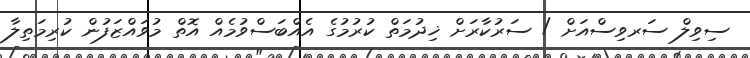
ސިވިލް ސަރވިސްއަށް / ސަރުކާރަށް ޚިދުމަތް ކުރުމުގެ އެއްބަސްވުމެއް އޮތް މުވައްޒަފުން ކުރިމަތިލާ